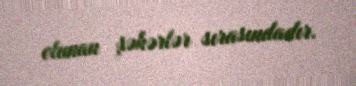
olunan şəhərlər sırasındadır.